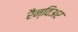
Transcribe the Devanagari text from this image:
रैन्विअर